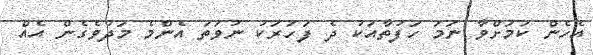
އެހެން ކަމަށްވާ ނަމަ ހަފުތާއަކު ދެ ފަހަރަކު ނުވަތަ އެންމެ މަދުވެގެން އެއް